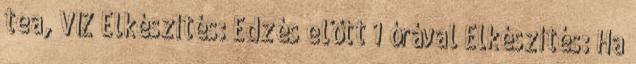
tea, VÍZ Elkészítés: Edzés előtt 1 órával Elkészítés: Ha